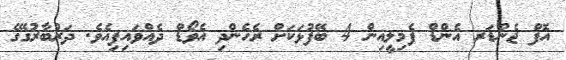
އޮފް ޖެންޑަރ އެންޑް ފެމިލީއިން 4 ބޭފުޅަކަށް ރެހެންދި އެވޯޑް ދެއްވައިފިއެވެ. ދަރުބާރުގޭގެ